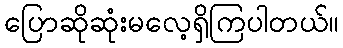
ပြောဆိုဆုံးမလေ့ရှိကြပါတယ်။